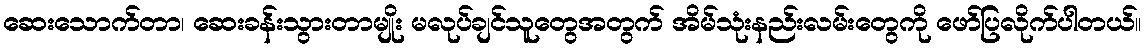
ဆေးသောက်တာ၊ ဆေးခန်းသွားတာမျိုး မလုပ်ချင်သူတွေအတွက် အိမ်သုံးနည်းလမ်းတွေကို ဖော်ပြလိုက်ပါတယ်။